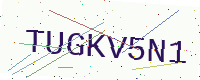
Text: TUGKV5N1